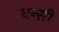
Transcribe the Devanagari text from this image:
धन्सी